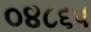
૦૪૮૬૫